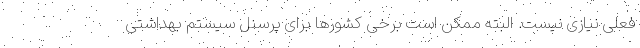
فعلی نیازی نیست. البته ممکن است برخی کشورها برای پرسنل سیستم بهداشتی